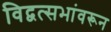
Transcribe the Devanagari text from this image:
विद्वत्सभांवरून